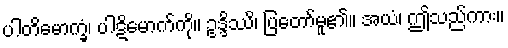
ပါတိမောက္ခံ၊ ပါဋိမောက်ကို။ ဥဒ္ဒိဿိ၊ ပြတော်မူ၏။ အယံ၊ ဤသည်ကား။